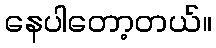
နေပါတော့တယ်။